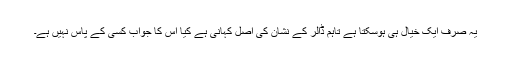
یہ صرف ایک خیال ہی ہوسکتا ہے تاہم ڈالر کے نشان کی اصل کہانی ہے کیا اس کا جواب کسی کے پاس نہیں ہے۔